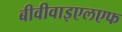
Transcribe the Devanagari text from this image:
बीवीवाइएलएफ